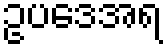
ဥပဒေအရ